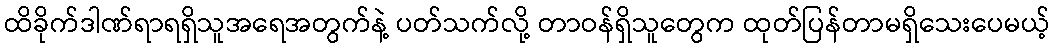
ထိခိုက်ဒါဏ်ရာရရှိသူအရေအတွက်နဲ့ ပတ်သက်လို့ တာဝန်ရှိသူတွေက ထုတ်ပြန်တာမရှိသေးပေမယ့်